Report of an investigation into the causes of malaria in Bombay and the measures necessary for its control
Disease focus: Malaria
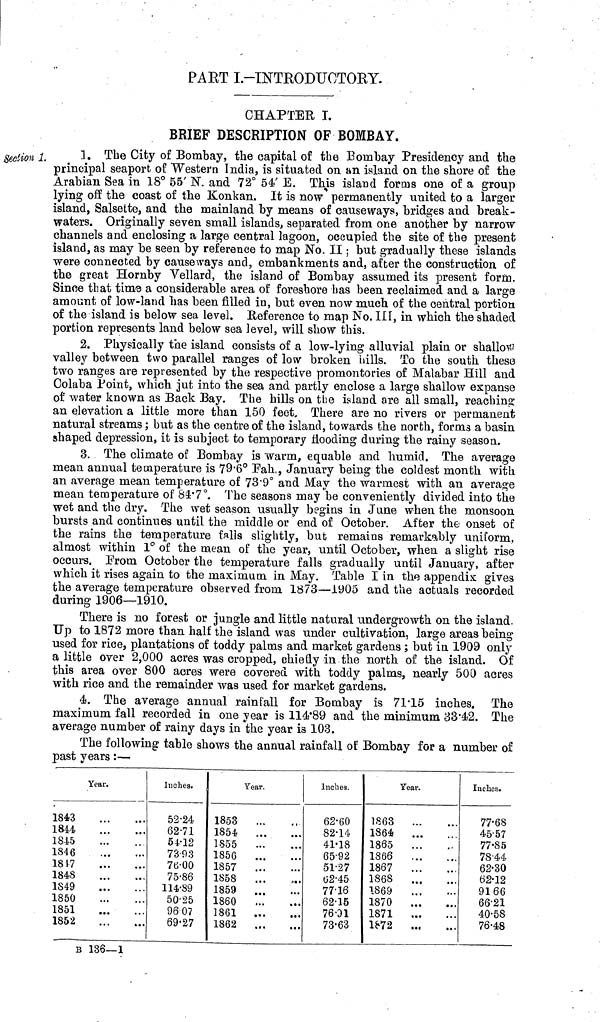
PART I.-INTRODUCTORY.
CHAPTER I.
BRIEF DESCRIPTION OF BOMBAY.
Section 1.
1. The City of Bombay, the capital of the Bombay Presidency and the
principal seaport of "Western India, is situated on an island on the shore of the
Arabian Sea in 18° 55' N. and 72° 54' E. This island forms one of a group
lying off the coast of the Konkan. It is now permanently united to a larger
island, Salsette, and the mainland by means of causeways, bridges and break-
waters. Originally seven small islands, separated from one another by narrow
channels and enclosing a large central lagoon, occupied the site of the present
island, as may be seen by reference to map No. II ; but gradually these islands
were connected by causeways and, embankments and, after the construction of
the great Hornby Vellard, the island of Bombay assumed its present form.
Since that time a considerable area of foreshore has been reclaimed and a large
amount of low-land has been filled in, but even now much of the central portion
of the island is below sea level. Reference to map No. III, in which the shaded
portion represents land below sea level, will show this.
2. Physically the island consists of a low-lying alluvial plain or shallow
valley between two parallel ranges of low broken hills. To the south these
two ranges are represented by the respective promontories of Malabar Hill and
Colaba Point, which jut into the sea and partly enclose a large shallow expanse
of water known as Back Bay. The hills on the island are all small, reaching
an elevation a little more than 150 feet. There are no rivers or permanent
natural streams ; but as the centre of the island, towards the north, forms a basin
shaped depression, it is subject to temporary flooding during the rainy season.
3. The climate of Bombay is warm, equable and humid. The average
mean annual temperature is 79-6° Pah,, January being the coldest month with
an average mean temperature of 73-9° and May the warmest with an average
mean temperature of 84.7°. The seasons may be conveniently divided into the
wet and the dry. The wet season usually begins in June when the monsoon
bursts and continues until the middle or end of October. After the onset of
the rains the temperature falls slightly, but remains remarkably uniform,
almost within 1 o of the mean of the year, until October, when a slight rise
occurs. From October the temperature falls gradually until January, after
which it rises again to the maximum in May. Table I in the appendix gives
the average temperature observed from 1873—1905 and the actuals recorded
during 1906—1910.
There is no forest or jungle and little natural undergrowth on the island.
Up to 1872 more than half the island was under cultivation, large areas being
used for rice, plantations of toddy palms and market gardens ; but in 1909 only
a little over 2,000 acres was cropped, chiefly in the north of the island. Of
this area over 800 acres were covered with toddy palms, nearly 500 acres
with rice and the remainder was used for market gardens.
4. The average annual rainfall for Bombay is 71.15 inches. The
maximum fall recorded in one year is 114.89 and the minimum 33.42. The
average number of rainy days in the year is 103.
The following table shows the annual rainfall of Bombay for a number of
past years :—
Year.
1843
1844
1845
1846
1817
1848
1849
1850
1851
1852
Inches.
52.24
62.71
54.12
73.93
70.00
75.86
114.89
50.25
960?
69.27
Year.
1853
1854
1855
1856
1857
1858
1859
1860
1861
1862
Inches.
62.60
82.14
41.18
65.92
51.27
62.45
7716
62.15
76.31
73.63
Year.
1863
1864
1865
1866
1867
1868
1869
1870
1871
1872
...
Inches.
77.68
45.57
77.85
78.44
62.30
62.12
91 66
66.21
40.58
76.48
B 136—1